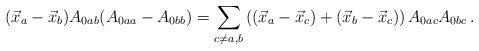
\begin{align*}(\vec{x}_{a}-\vec{x}_{b})A_{0ab}(A_{0aa}-A_{0bb}) =\displaystyle{\sum_{c\neq a,b}\left((\vec{x}_{a}-\vec{x}_{c})+(\vec{x}_{b}-\vec{x}_{c})\right)A_{0ac}A_{0bc}}\,.\end{align*}